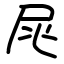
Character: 㞑